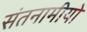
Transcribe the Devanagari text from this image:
संतनामीयो